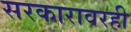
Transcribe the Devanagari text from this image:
सरकारावरही